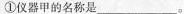
①仪器甲的名称是___。